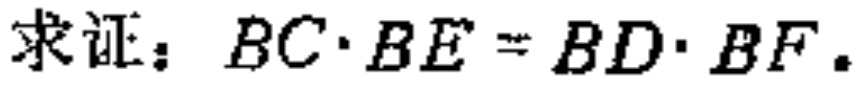
求证：$BC\cdot BE = BD\cdot BF$.